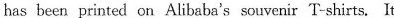
has been printed on Alibaba's souvenir T-shirts. It